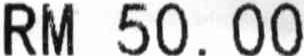
RM 50.00